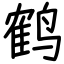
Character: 鹤